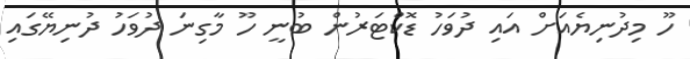
ހޫ މިދުނިޔެއަށް އައި ދުވަހު ޑޮކްޓަރުން ބުނީ ހޫ މާގިނަ ދުވަހު ދުނިޔޭގައި